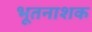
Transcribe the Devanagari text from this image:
भूतनाशक